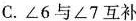
C.∠6与∠7互补